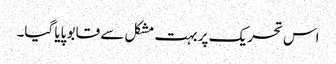
اس تحریک پر بہت مشکل سے قابو پایا گیا۔